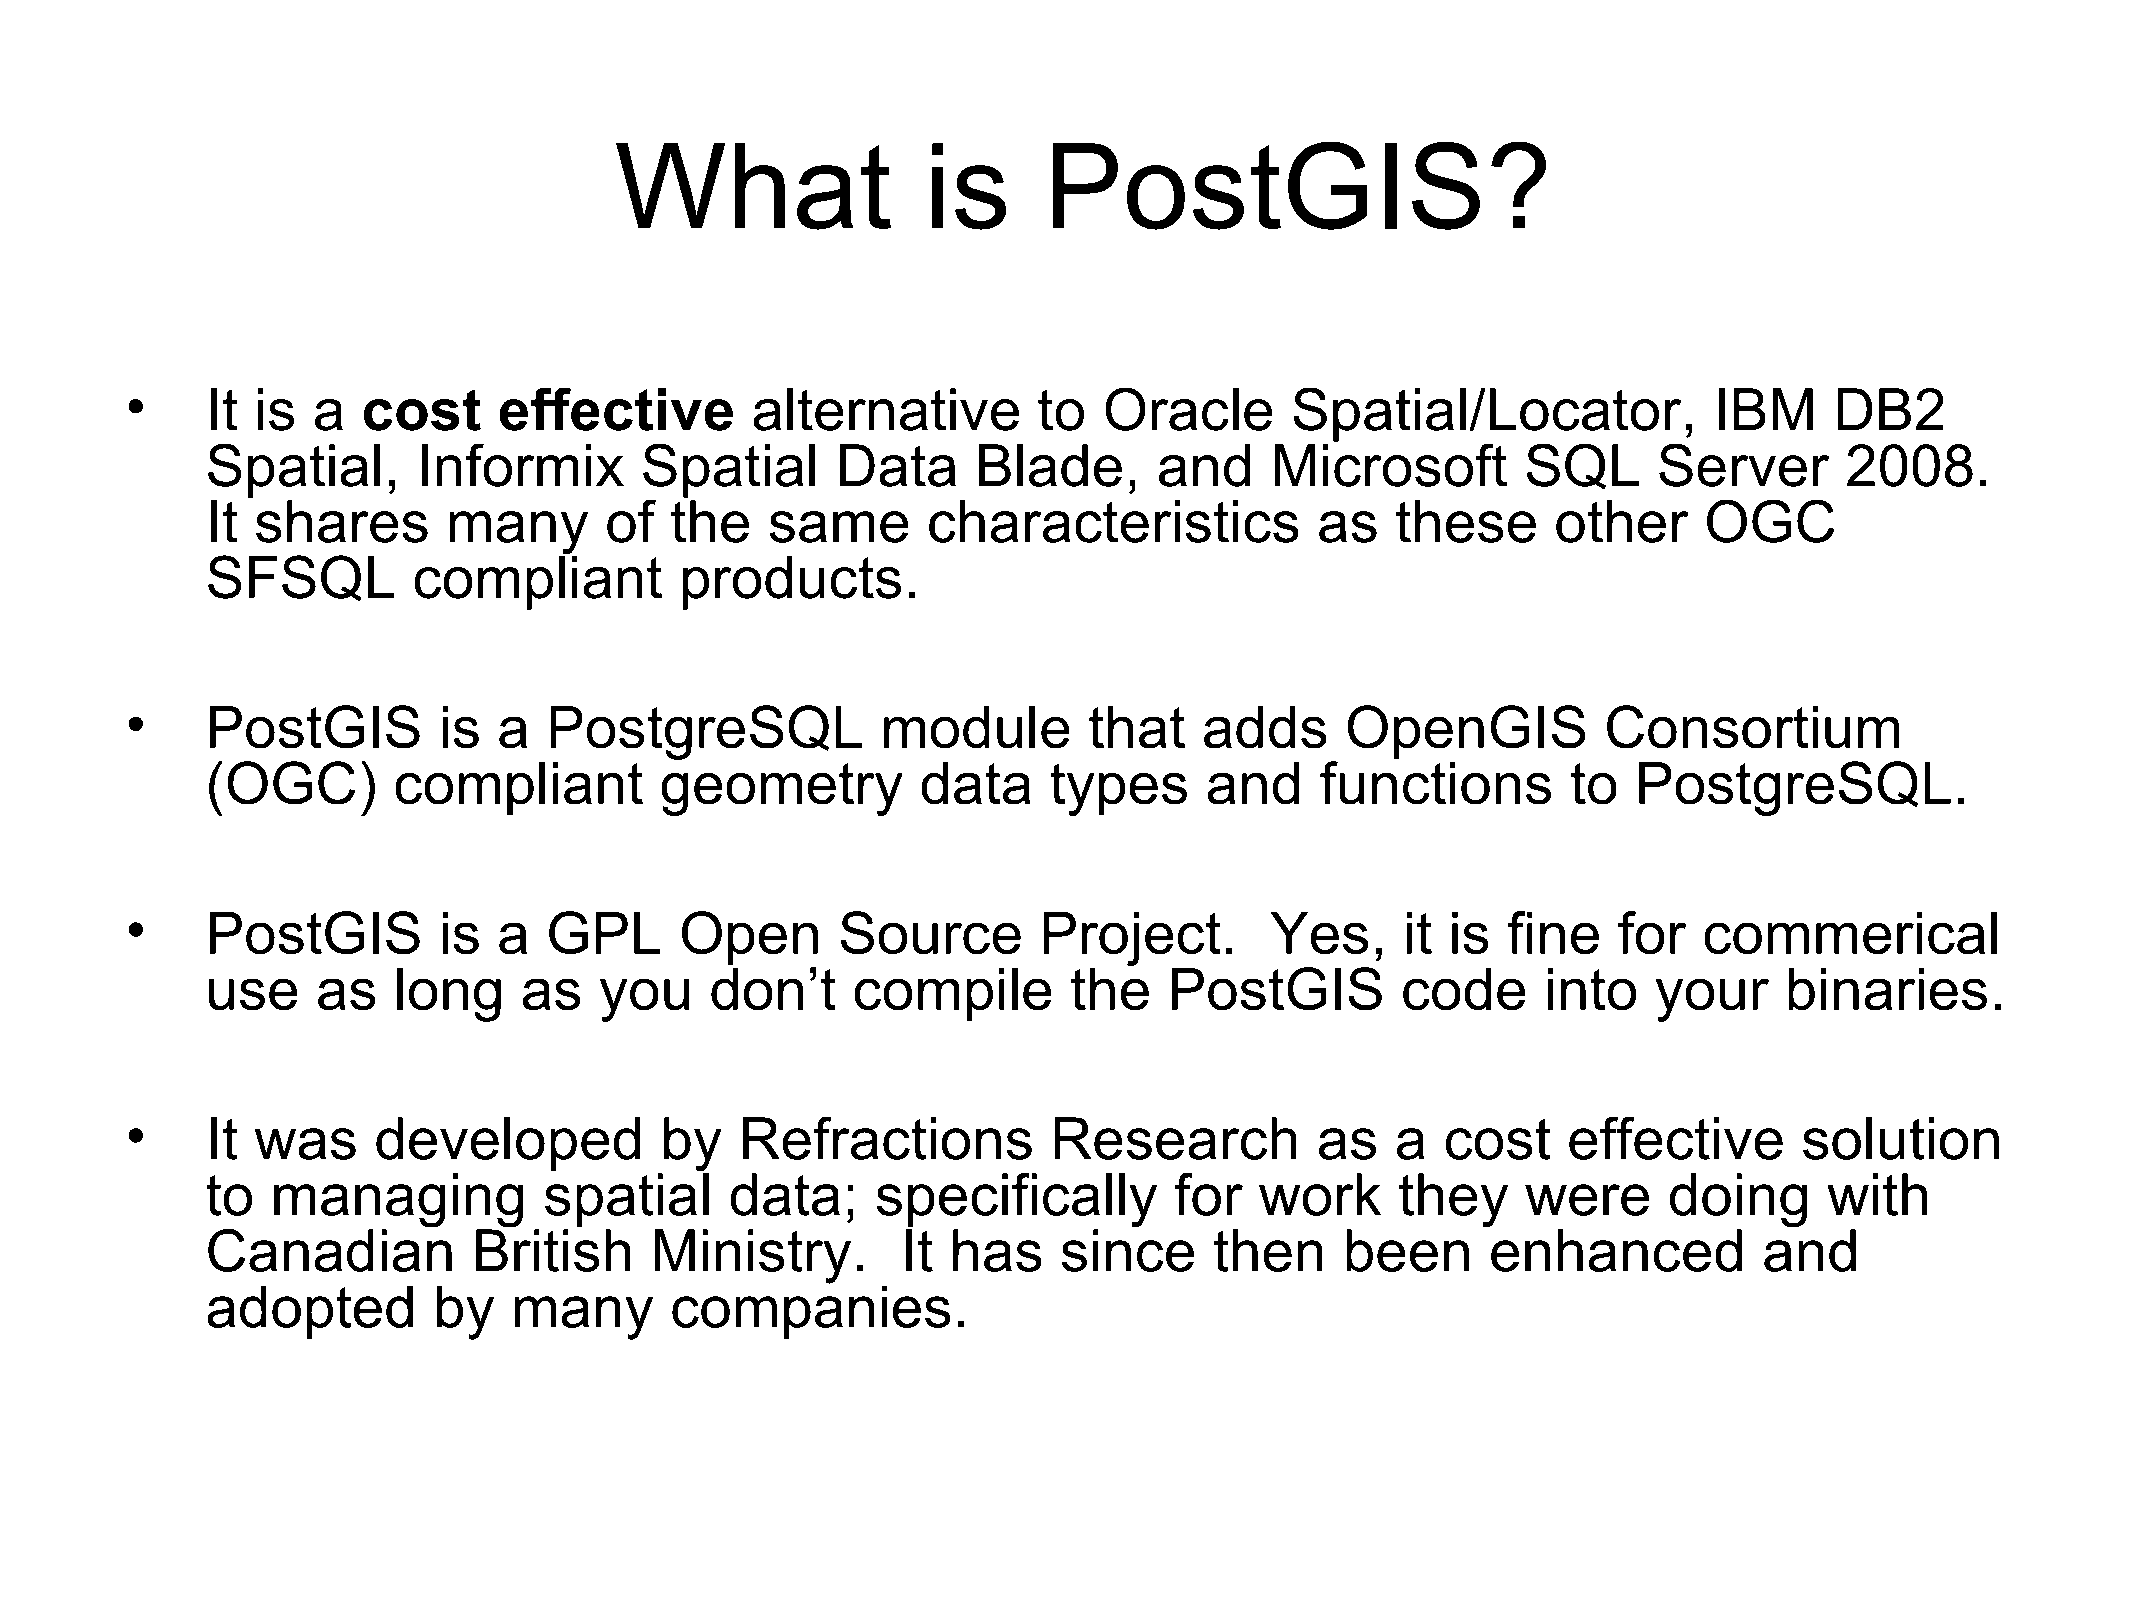
What                is      PostGIS?
 •     It is  a  cost     effective        alternative        to  Oracle      Spatial/Locator,            IBM     DB2
 Spatial,      Informix      Spatial      Data      Blade,      and    Microsoft        SQL      Server      2008.
 It shares       many      of  the    same      characteristics           as   these      other     OGC
 SFSQL        compliant         products.
 •     PostGIS        is  a  PostgreSQL            module        that    adds     OpenGIS          Consortium
 (OGC)       compliant         geometry         data    types      and    functions        to  PostgreSQL.
 •     PostGIS        is  a  GPL      Open      Source        Project.       Yes,     it is  fine   for   commerical
 use    as   long    as    you    don’t    compile        the   PostGIS         code     into    your    binaries.
 •     It was     developed          by   Refractions          Research         as   a   cost    effective      solution
 to  managing          spatial     data;     specifically        for  work      they    were     doing      with
 Canadian         British     Ministry.        It has    since     then     been      enhanced          and
 adopted        by   many      companies.